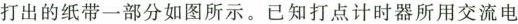
打出的纸带一部分如图所示。已知打点计时器所用交流电